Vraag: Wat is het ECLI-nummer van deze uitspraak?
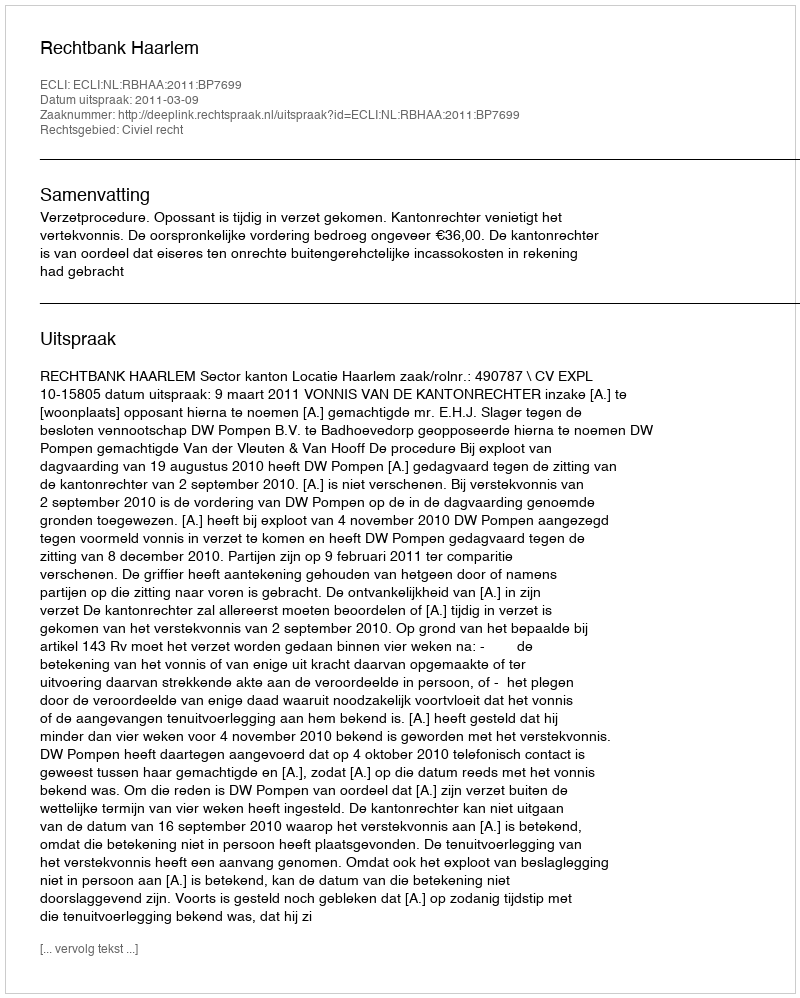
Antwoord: ECLI:NL:RBHAA:2011:BP7699